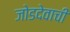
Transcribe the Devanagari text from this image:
जोडदेवाची